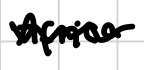
Text: Africa
Cross-out: mix
Writing tool: digital_black